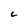
Character: 6